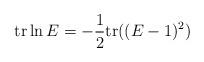
LaTeX: \begin{align*}\mathrm{tr}\ln E=-\frac{1}{2}\mathrm{tr}((E-1)^2)\end{align*}